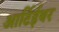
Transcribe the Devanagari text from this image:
आर्टिईथर